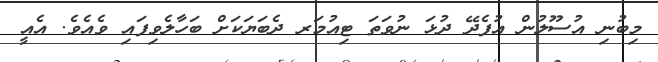
މިބުނި އުސޫލުން އުފެދޭ ދުޅަ ނުވަތަ ޓިއުމަރ ދެބަޔަކަށް ބަހާލެވިފައި ވެއެވެ. އެއީ